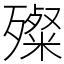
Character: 殩